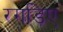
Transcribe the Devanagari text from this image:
रगड़िए